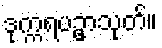
ဒုက္ကရပဥှာသုတ်။